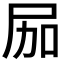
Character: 𱚶